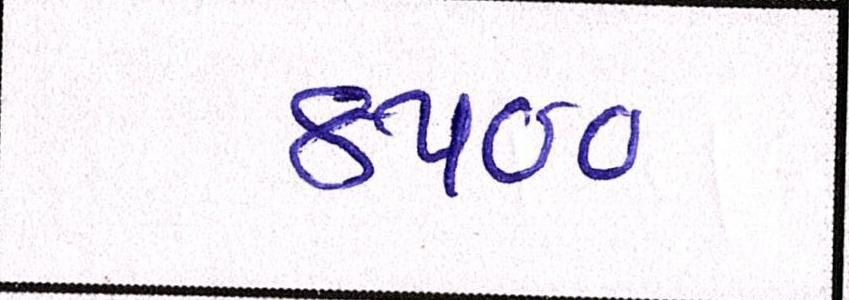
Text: ૪૫૦૦